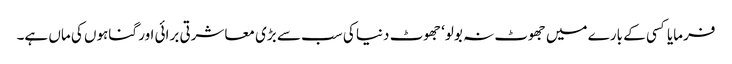
فرمایا کسی کے بارے میں جھوٹ نہ بولو‘ جھوٹ دنیا کی سب سے بڑی معاشرتی برائی اور گناہوں کی ماں ہے۔